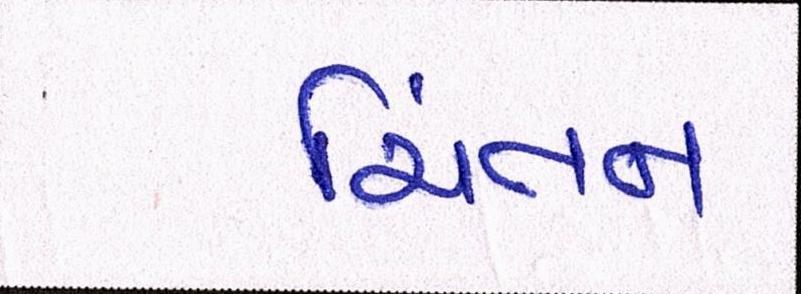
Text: ચિંતન